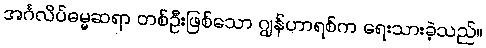
အင်္ဂလိပ်ဓမ္မဆရာ တစ်ဦးဖြစ်သော ဂျွန်ဟာရစ်က ရေးသားခဲ့သည်။